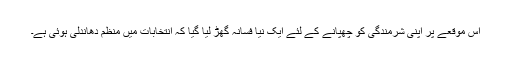
اس موقعے پر اپنی شرمندگی کو چھپانے کے لئے ایک نیا فسانہ گھڑ لیا گیا کہ انتخابات میں منظم دھاندلی ہوئی ہے۔